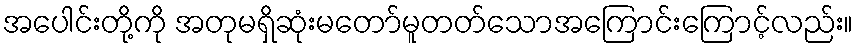
အပေါင်းတို့ကို အတုမရှိဆုံးမတော်မူတတ်သောအကြောင်းကြောင့်လည်း။